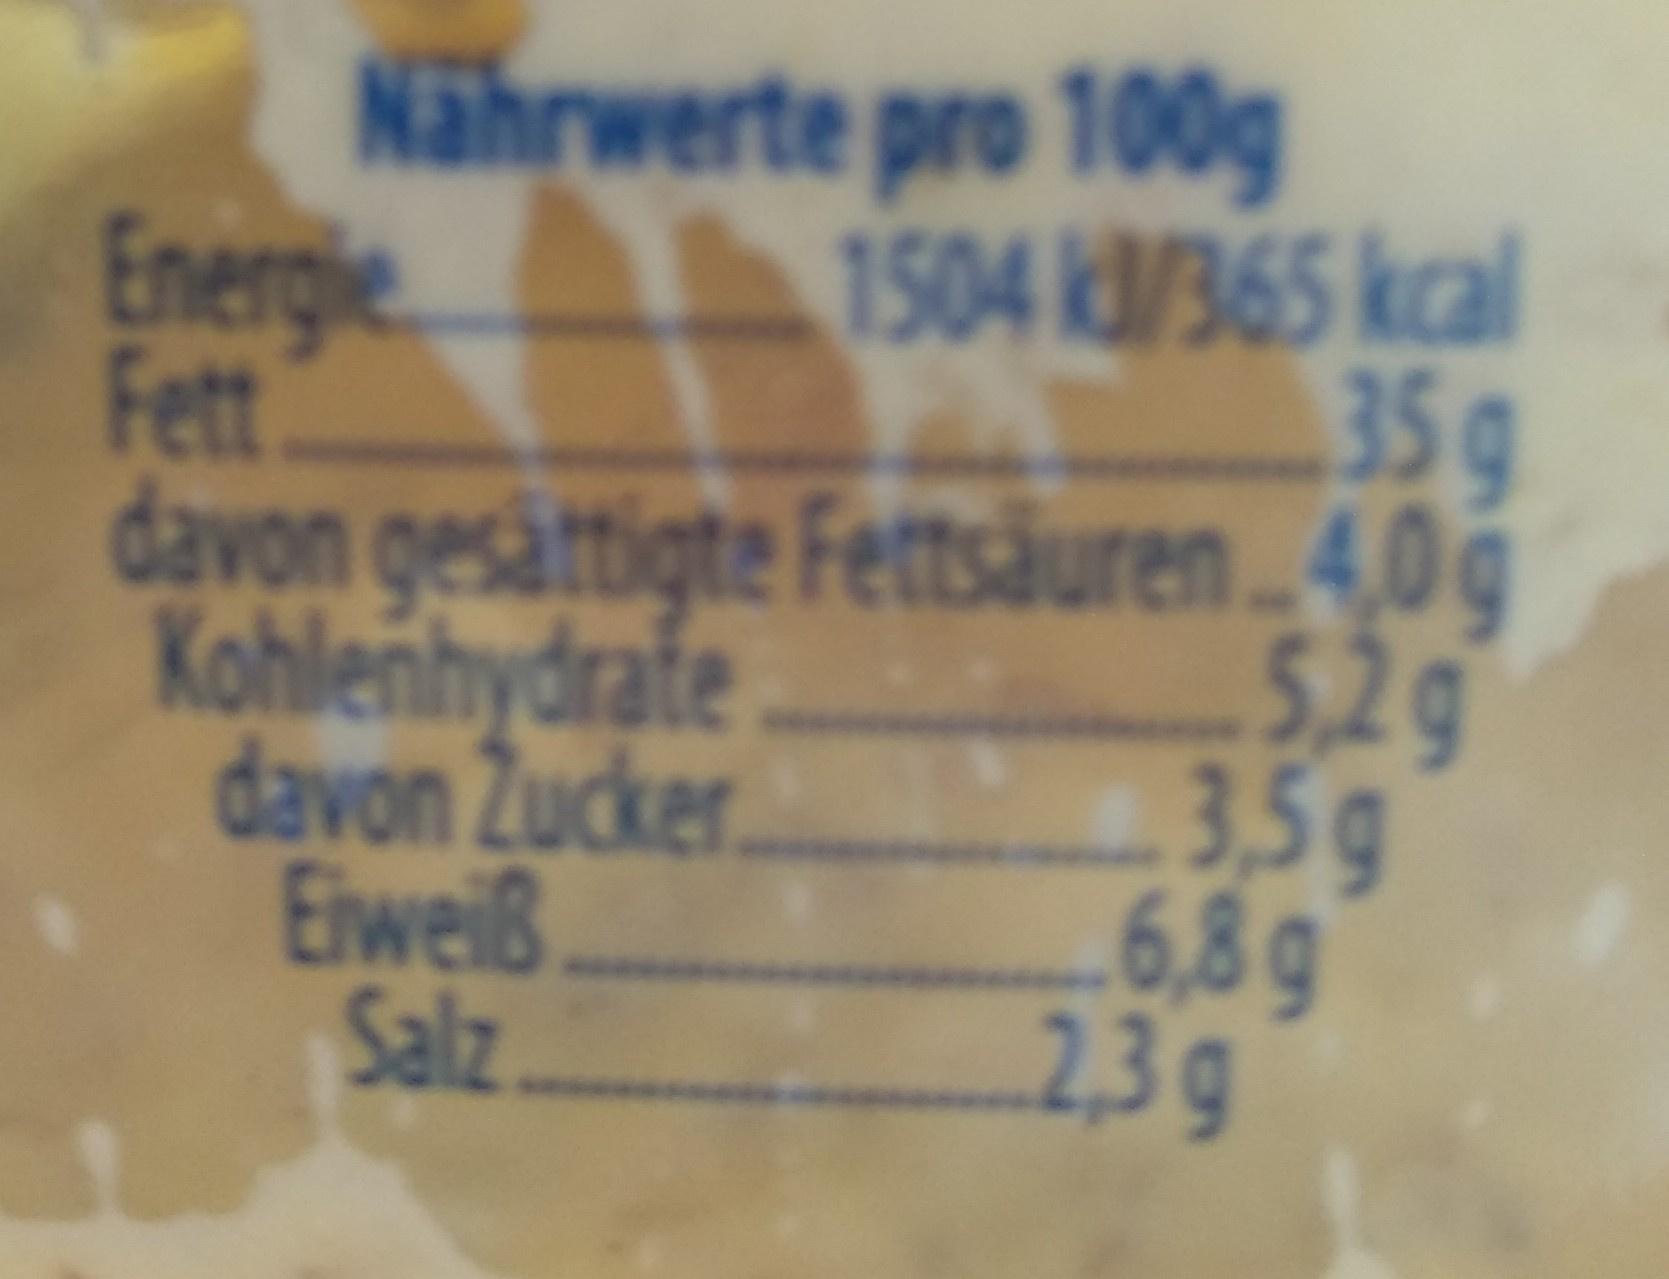
Nährwerte pro 100g Energie Fett davon gesättigte Fettsăuren 4,0g Kohlenhydrafe davon Zucker Eiweiß Salz
1504 k3/365 kcal 35g
5.2g 3,59 6,8g 23g